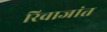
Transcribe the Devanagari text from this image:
रिवाजांत